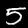
Digit: 5